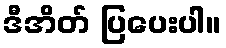
ဒီအိတ် ပြပေးပါ။